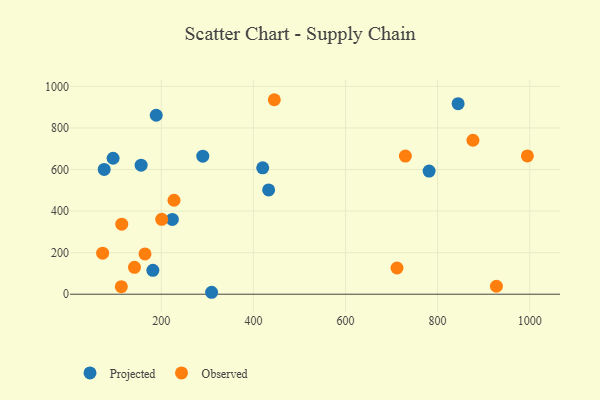
{"axis": {"x": "Distance", "y": "Demand"}, "legend": ["Observed", "Projected"], "data": [{"x": "309.2", "y": 9.3, "type": "Projected"}, {"x": "76.0", "y": 600.4, "type": "Projected"}, {"x": "420.2", "y": 608.2, "type": "Projected"}, {"x": "224.0", "y": 359.8, "type": "Projected"}, {"x": "844.5", "y": 917.1, "type": "Projected"}, {"x": "433.1", "y": 501.7, "type": "Projected"}, {"x": "290.1", "y": 664.2, "type": "Projected"}, {"x": "95.3", "y": 654.3, "type": "Projected"}, {"x": "781.5", "y": 592.4, "type": "Projected"}, {"x": "156.2", "y": 620.7, "type": "Projected"}, {"x": "189.0", "y": 861.2, "type": "Projected"}, {"x": "181.7", "y": 114.8, "type": "Projected"}, {"x": "72.6", "y": 197.6, "type": "Observed"}, {"x": "164.6", "y": 194.0, "type": "Observed"}, {"x": "114.1", "y": 336.9, "type": "Observed"}, {"x": "730.0", "y": 664.6, "type": "Observed"}, {"x": "113.2", "y": 36.3, "type": "Observed"}, {"x": "711.8", "y": 126.0, "type": "Observed"}, {"x": "227.6", "y": 452.2, "type": "Observed"}, {"x": "876.7", "y": 741.0, "type": "Observed"}, {"x": "927.7", "y": 38.3, "type": "Observed"}, {"x": "141.8", "y": 129.4, "type": "Observed"}, {"x": "994.9", "y": 665.4, "type": "Observed"}, {"x": "200.9", "y": 360.3, "type": "Observed"}, {"x": "445.4", "y": 935.9, "type": "Observed"}]}